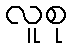
လူစု